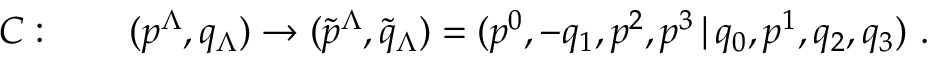
{ \cal C } : \qquad ( p ^ { \Lambda } , q _ { \Lambda } ) \rightarrow ( \tilde { p } ^ { \Lambda } , \tilde { q } _ { \Lambda } ) = ( p ^ { 0 } , - q _ { 1 } , p ^ { 2 } , p ^ { 3 } \, | \, q _ { 0 } , p ^ { 1 } , q _ { 2 } , q _ { 3 } ) \ .